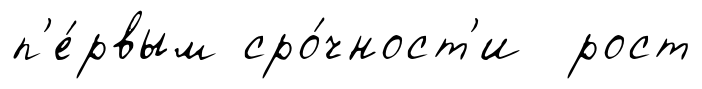
п'е́рвым сро́чност'и рост